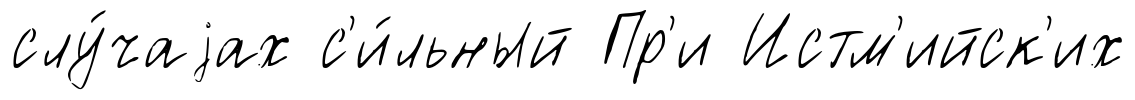
слу́чаjах с'и́льный Пр'и Истм'ийск'их